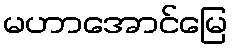
မဟာအောင်မြေ